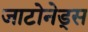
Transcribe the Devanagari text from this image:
जाटोनेड्स